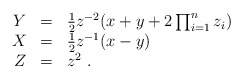
\begin{align*}\begin{array}{rcl}Y & = & \frac{1}{2} z^{-2}( x + y + 2 \prod_{i=1}^n z_i) \\X & = & \frac{1}{2} z^{-1} ( x - y ) \\Z & = & z^2~.\end{array}\end{align*}